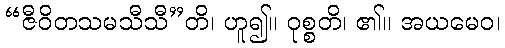
“ဇီဝိတသမသီသီ”တိ၊ ဟူ၍။ ဝုစ္စတိ၊ ၏။ အယမေဝ၊